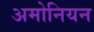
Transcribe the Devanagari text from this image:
अमोनियन